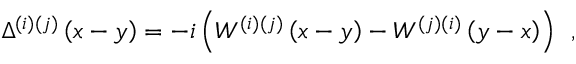
\Delta ^ { ( i ) ( j ) } \left( x - y \right) = - i \left( W ^ { ( i ) ( j ) } \left( x - y \right) - W ^ { ( j ) ( i ) } \left( y - x \right) \right) \; \, ,